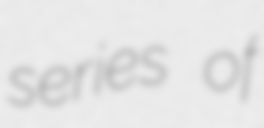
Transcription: series of